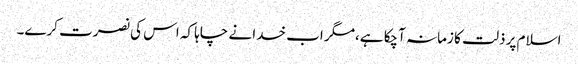
اسلام پر ذلت کا زمانہ آچکا ہے،مگر اب خدا نے چاہا کہ اس کی نصرت کرے۔